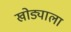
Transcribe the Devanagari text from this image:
खोड्याला